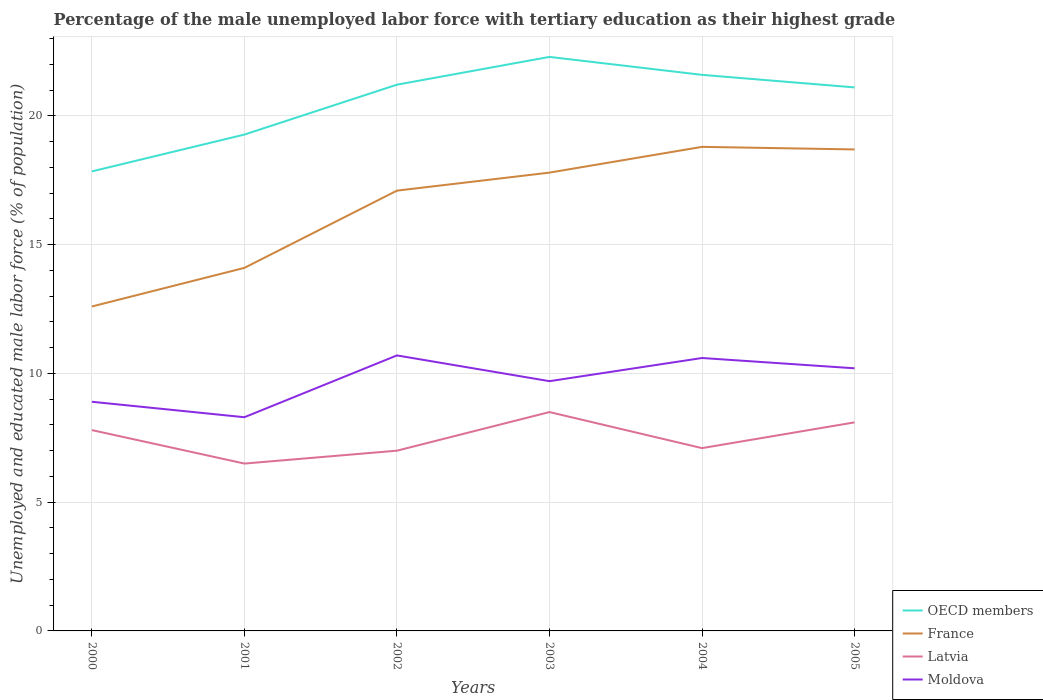
| Years | OECD members | France | Latvia | Moldova |
 | --- | --- | --- | --- | --- |
 | 2000 | 17.8 | 12.6 | 7.8 | 8.9 |
 | 2001 | 19.3 | 14.1 | 6.5 | 8.3 |
 | 2002 | 21.2 | 17.1 | 7 | 10.7 |
 | 2003 | 22.3 | 17.8 | 8.5 | 9.7 |
 | 2004 | 21.6 | 18.8 | 7.1 | 10.6 |
 | 2005 | 21.1 | 18.7 | 8.1 | 10.2 |